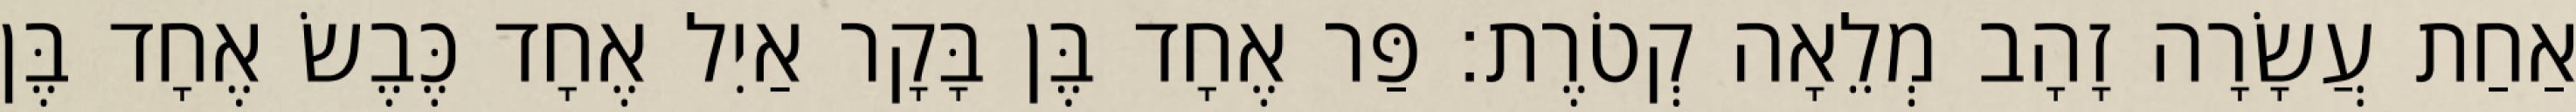
אַחַת עֲשָׂרָה זָהָב מְלֵאָה קְטֹרֶת׃ פַּר אֶחָד בֶּן בָּקָר אַיִל אֶחָד כֶּבֶשׂ אֶחָד בֶּן